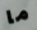
ما